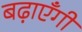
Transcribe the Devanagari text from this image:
बढ़ाएँगी